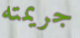
جريمته